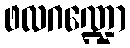
ဖလဂဏ္ဍော